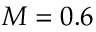
M = 0 . 6